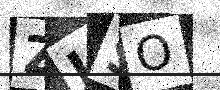
Text: ZJSO